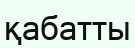
қабатты